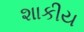
શાકીય